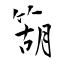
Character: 箶